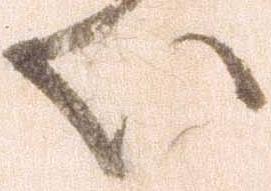
い